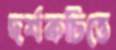
দর্শকচিত্তে